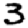
Digit: 3